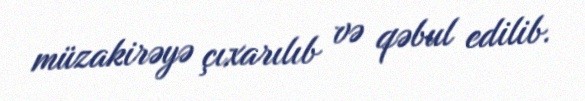
müzakirəyə çıxarılıb və qəbul edilib.